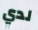
لدي